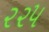
૨૨૫